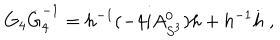
LaTeX: G _ { 4 } \dot { G } _ { 4 } ^ { - 1 } = h ^ { - 1 } ( - 4 i A _ { S ^ { 3 } } ^ { 0 } ) h + h ^ { - 1 } \dot { h } \; ,